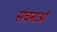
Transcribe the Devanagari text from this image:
संचनाओं